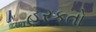
હરકતો